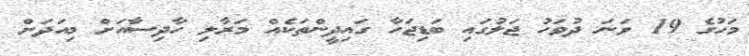
މަހުގެ 19 ވަނަ ދުވަހު ޖަލުގައި ބަޑިޖަހާ ގައިދީންތަކެއް މަރާލި ހާދިސާއަށް މިއަދަށް